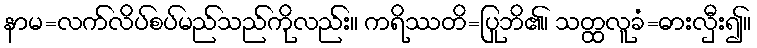
နာမ=လက်လိပ်စပ်မည်သည်ကိုလည်း။ ကရိဿတိ=ပြုဘိ၏၊ သတ္ထလူခံ=ဓားလှီး၍။